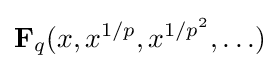
\mathbf {F} _{q}(x,x^{1/p},x^{1/p^{2}},\ldots )